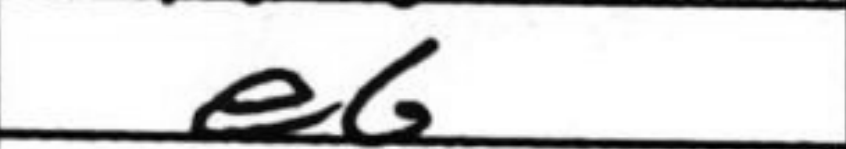
Transcription: e6